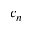
c _ { n }